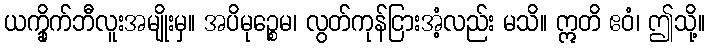
ယက္ခိုက်ဘီလူးအမျိုးမှ။ အပိမုဉ္စေမ၊ လွတ်ကုန်ငြားအံ့လည်း မသိ။ ဣတိ ဧဝံ၊ ဤသို့။